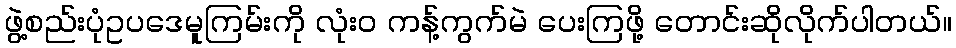
ဖွဲ့စည်းပုံဥပဒေမူကြမ်းကို လုံး၀ ကန့်ကွက်မဲ ပေးကြဖို့ တောင်းဆိုလိုက်ပါတယ်။